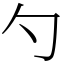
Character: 勺